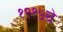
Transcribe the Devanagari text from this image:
१९१५चे